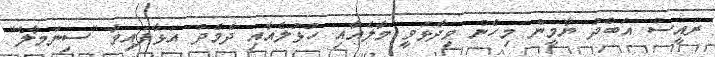
ރައީސް އަބްދު ޔާމީން މިހެން ވިދާޅުވީ މާލެއާއި ހުޅުލެއާއި ދެމެދު އަޅާފައިވާ "ސިނަމާލެ"